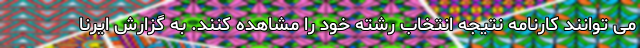
می توانند کارنامه نتیجه انتخاب رشته خود را مشاهده کنند. به گزارش ایرنا